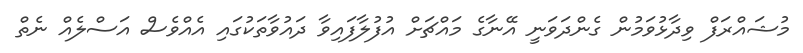
މުޝައްރަފް ވިދާޅުވަމުން ގެންދަވަނީ އޭނާގެ މައްޗަށް އުފުލާފައިވާ ދައުވާތަކުގައި އެއްވެސް އަސްލެއް ނެތް